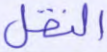
النقل